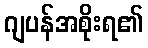
ဂျပန်အစိုးရ၏